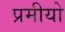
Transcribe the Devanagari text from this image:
प्रमीयो